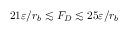
2 1 \varepsilon / r _ { b } \lesssim F _ { D } \lesssim 2 5 \varepsilon / r _ { b }